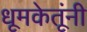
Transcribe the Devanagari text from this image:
धूमकेतूंनी